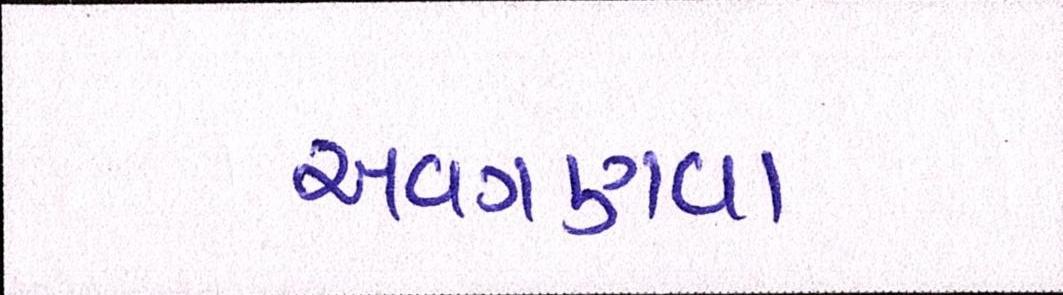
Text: અવગણવા